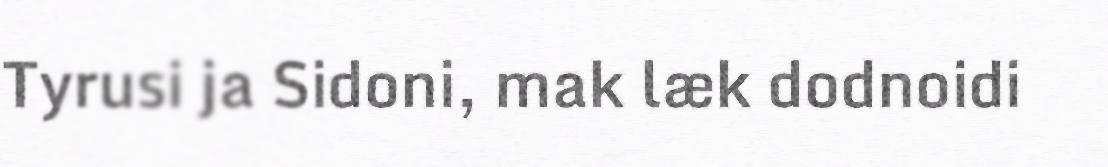
Tyrusi ja Sidoni, mak læk dodnoidi